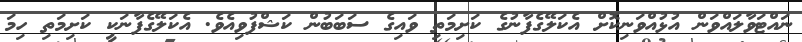
ނައްޓަވާލައްވަން އުޅުއްވަނިކޮށް އެކަލޭގެފާނުގެ ކަށިމަތި ވައިގެ ސަބަބުން ކަޝްފުވިއެވެ. އެކަލޭގެފާނަކީ ކަށިމަތި ހިމަ